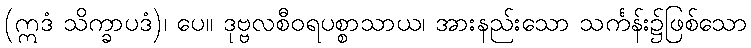
(ဣဒံ သိက္ခာပဒံ)၊ ပေ။ ဒုဗ္ဗလစီဝရပစ္စာသာယ၊ အားနည်းသော သင်္ကန်း၌ဖြစ်သော